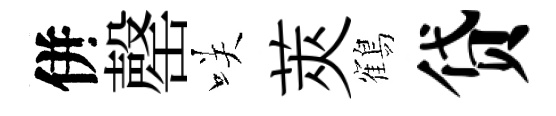
併罄咲莢鶴贷